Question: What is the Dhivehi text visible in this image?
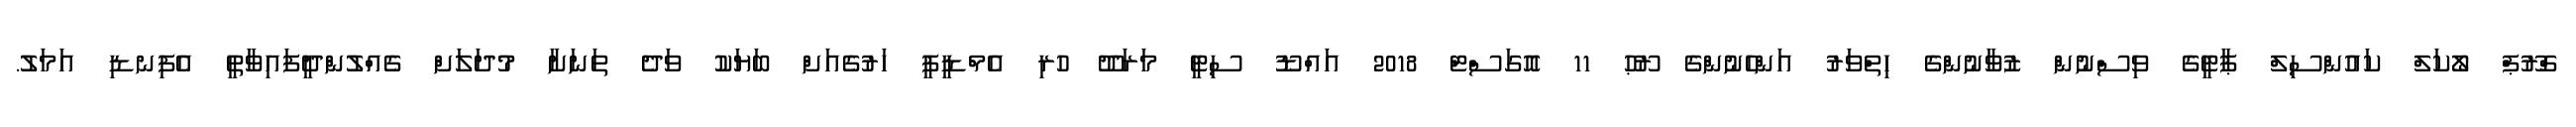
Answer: ގްރޫޕް ލޯކަލް ކައުންސިލް ޕާޓީގެ ވިސްނުން ޒުވާނުންގެ ހިތްވަރު އަންހެނުންގެ ރޫޙު 11 އޮގަސްޓް 2018 އައްޑޫ ސިޓީ މަރަދޫ ހުރި އެމްޑީޕީ ހަރުގެއަށް ބަޔަކު ވަދެ ތަނަށާ މުދަލަށް ގެއްލުންދީފައިވާތީ އެފިނޑި އަމަލު.